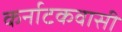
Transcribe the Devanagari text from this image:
कर्नाटकवासी